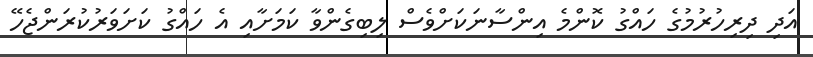
އަދި ދިރިހުރުމުގެ ހައްގު ކޮންމެ އިންސާނަކަށްވެސް ލިބިގެންވާ ކަމަށާއި އެ ހައްގު ކަށަވަރުކުރަންޖެހޭ